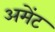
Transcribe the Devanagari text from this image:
अमेंट